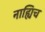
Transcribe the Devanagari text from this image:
नाह्यिच